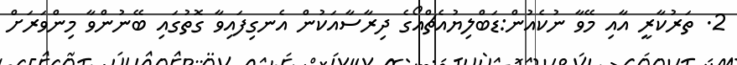
2. ތަރުކާރީ އާއި މޭވާ ނުކެއުން:ޑަބްލިޔުއެޗްއޯގެ ދިރާސާއަކުން އެނގިފައިވާ ގޮތުގައި ބޭނުންވާ މިންވަރަށް